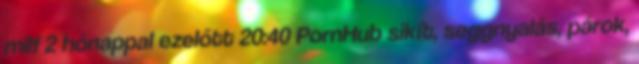
milf 2 hónappal ezelőtt 20:40 PornHub sikít, seggnyalás, párok,